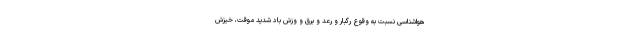
هواشناسی نسبت به وقوع رگبار و رعد و برق و وزش باد شدید موقت، خیزش